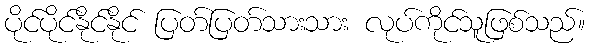
ပိုင်ပိုင်နိုင်နိုင် ပြတ်ပြတ်သားသား လုပ်ကိုင်သူဖြစ်သည်။